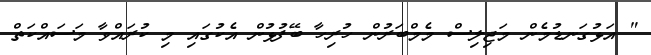
" އަޅުގަނޑުމެން މަޖިލިސް މެމްބަރުން ހުރިހާ ބޭފުޅުން އެކުގައި މި ކުރައްވާ މަސައްކަތް